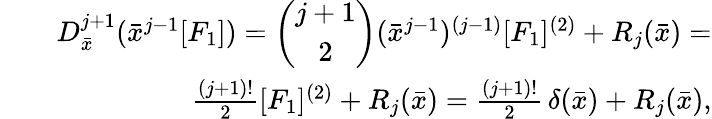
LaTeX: \begin{array}{rlr}&{}&{D_{\bar{x}}^{j+1}({\bar{x}}^{j-1}[F_{1}])=\left(\begin{array}{c}{j+1}\\ {2}\end{array}\right)({\bar{x}}^{j-1})^{(j-1)}[F_{1}]^{(2)}+R_{j}({\bar{x}})=}\\ &{}&{\frac{(j+1)!}{2}[F_{1}]^{(2)}+R_{j}({\bar{x}})=\frac{(j+1)!}{2}\, \delta({\bar{x}})+R_{j}({\bar{x}}),}\end{array}